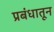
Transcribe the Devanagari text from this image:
प्रबंधातून